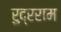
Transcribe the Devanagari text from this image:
रुद्रराम